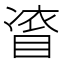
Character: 𭿀